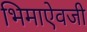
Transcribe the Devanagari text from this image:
भिमाऐवजी